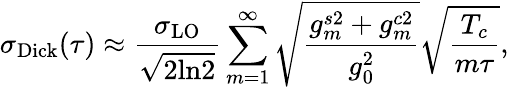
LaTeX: \sigma_{\mathrm{Dick}}(\tau)\approx\frac{\sigma_{\mathrm{LO}}}{\sqrt{2\mathrm{ln}2}}\sum_{m=1}^{\infty}\sqrt{\frac{g_{m}^{s2}+g_{m}^{c2}}{g_{0}^{2}}}\sqrt{\frac{T_{c}}{m\tau}},